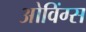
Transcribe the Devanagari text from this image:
ओविंग्स